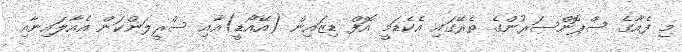
މި ފެއާގެ ސްޕޮންސަރުންގެ ތެރޭގައި އެކެޑަމީ އޮފް ޑިޒައިން (އޭއޯޑީ)އާއި ސްރީލަންކަން އެއާލައިނާއި